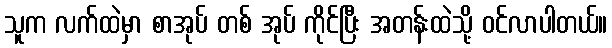
သူက လက်ထဲမှာ စာအုပ် တစ် အုပ် ကိုင်ပြီး အတန်းထဲသို့ ဝင်လာပါတယ်။